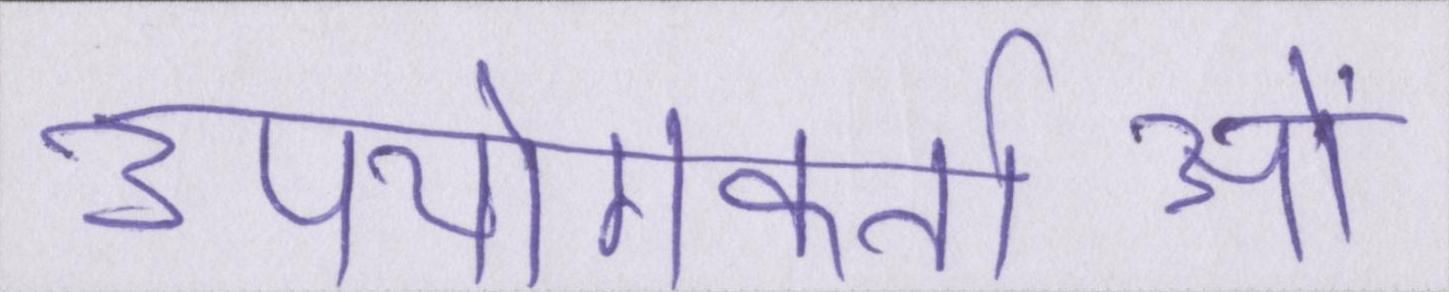
उपयोगकर्ताओं